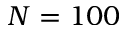
N = 1 0 0